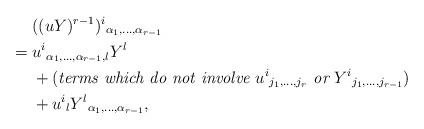
LaTeX: \begin{align*}&\hphantom{{}={}}((uY)^{r-1})^i{}_{\alpha_1,\ldots,\alpha_{r-1}}\\*&=u^i{}_{\alpha_1,\ldots,\alpha_{r-1},l}Y^l\\*&\hphantom{{}={}}+(\textit{terms which do not involve $u^i{}_{j_1,\ldots,j_r}$ or $Y^i{}_{j_1,\ldots,j_{r-1}}$})\\*&\hphantom{{}={}}+u^i{}_lY^l{}_{\alpha_1,\ldots,\alpha_{r-1}},\end{align*}